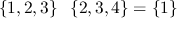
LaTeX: \{ 1 , 2 , 3 \} \setminus \{ 2 , 3 , 4 \} = \{ 1 \}